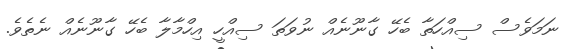
ނަމަވެސް ސިއްހަތާ ބެހޭ ގާނޫނެއް ނުވަތަ ސިއްހީ އިހްމާލާ ބެހޭ ގާނޫނެއް ނެތެވެ.